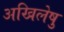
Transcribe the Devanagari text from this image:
अखिलेषु